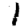
Digit: 1